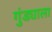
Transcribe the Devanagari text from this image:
गुंड्याला